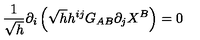
\frac { 1 } { \sqrt { h } } \partial _ { i } \left( \sqrt { h } h ^ { i j } G _ { A B } \partial _ { j } X ^ { B } \right) = 0